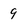
Character: 9